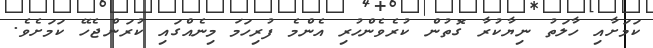
ކަމަށާއި ހާލަތު ނިޔާކުރާ ގޮތުން ކުރެވެންހުރި އެންމެ ފުރިހަމަ މިނެއްގައި ކުރަންޖެހޭ ކަމަށެވެ.